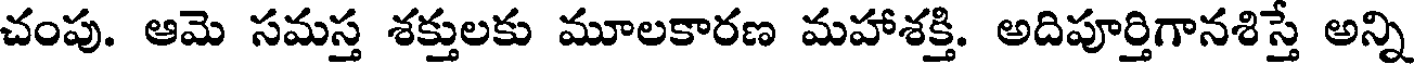
చంపు. ఆమె సమస్త శక్తులకు మూలకారణ మహాశక్తి. అదిపూర్తిగానశిస్తే అన్ని